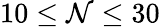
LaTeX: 10\leq\mathcal{N}\leq30